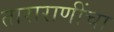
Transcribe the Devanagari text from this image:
ताराराणींचा